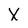
Character: X